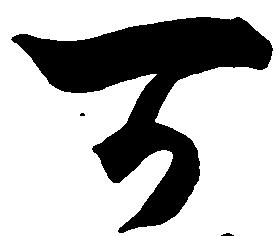
可